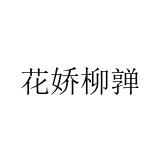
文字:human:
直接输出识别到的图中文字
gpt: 花娇柳亸